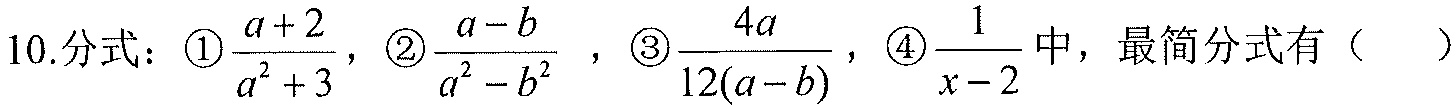
10.分式：\textcircled{1}\(\frac{a + 2}{a^{2}+3}\)，\textcircled{2}\(\frac{a - b}{a^{2}-b^{2}}\) ，\textcircled{3}\(\frac{4a}{12(a - b)}\)，\textcircled{4}\(\frac{1}{x - 2}\)中，最简分式有（  ）